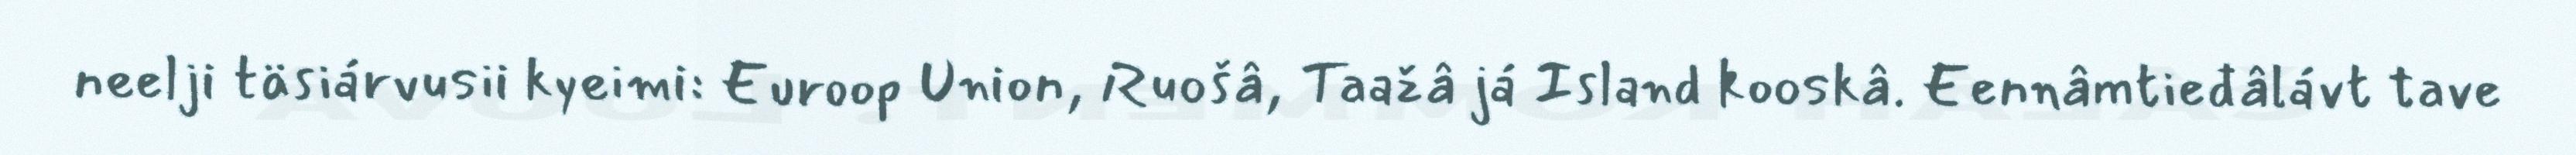
neelji täsiárvusii kyeimi: Euroop Union, Ruošâ, Taažâ já Island kooskâ. Eennâmtieđâlávt tave